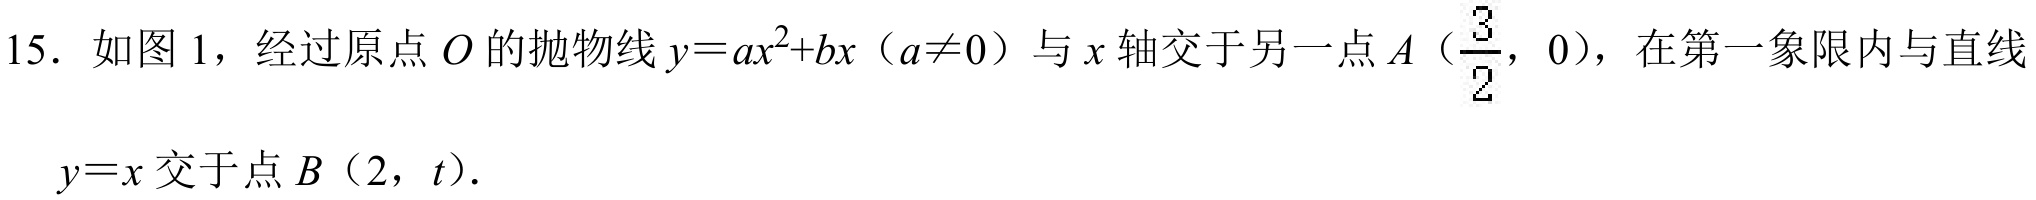
15. 如图1，经过原点\(O\)的抛物线\(y = ax^{2}+bx\)（\(a\neq0\)）与\(x\)轴交于另一点\(A\left(\dfrac{3}{2},0\right)\)，在第一象限内与直线\(y = x\)交于点\(B(2,t)\).